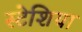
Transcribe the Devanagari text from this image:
स्टेशिया